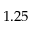
1 . 2 5